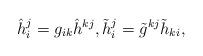
LaTeX: \begin{align*}\hat{h}_i^j = g_{ik} \hat{h}^{kj}, \tilde{h}_i^j = \tilde{g}^{kj} \tilde{h}_{ki},\end{align*}